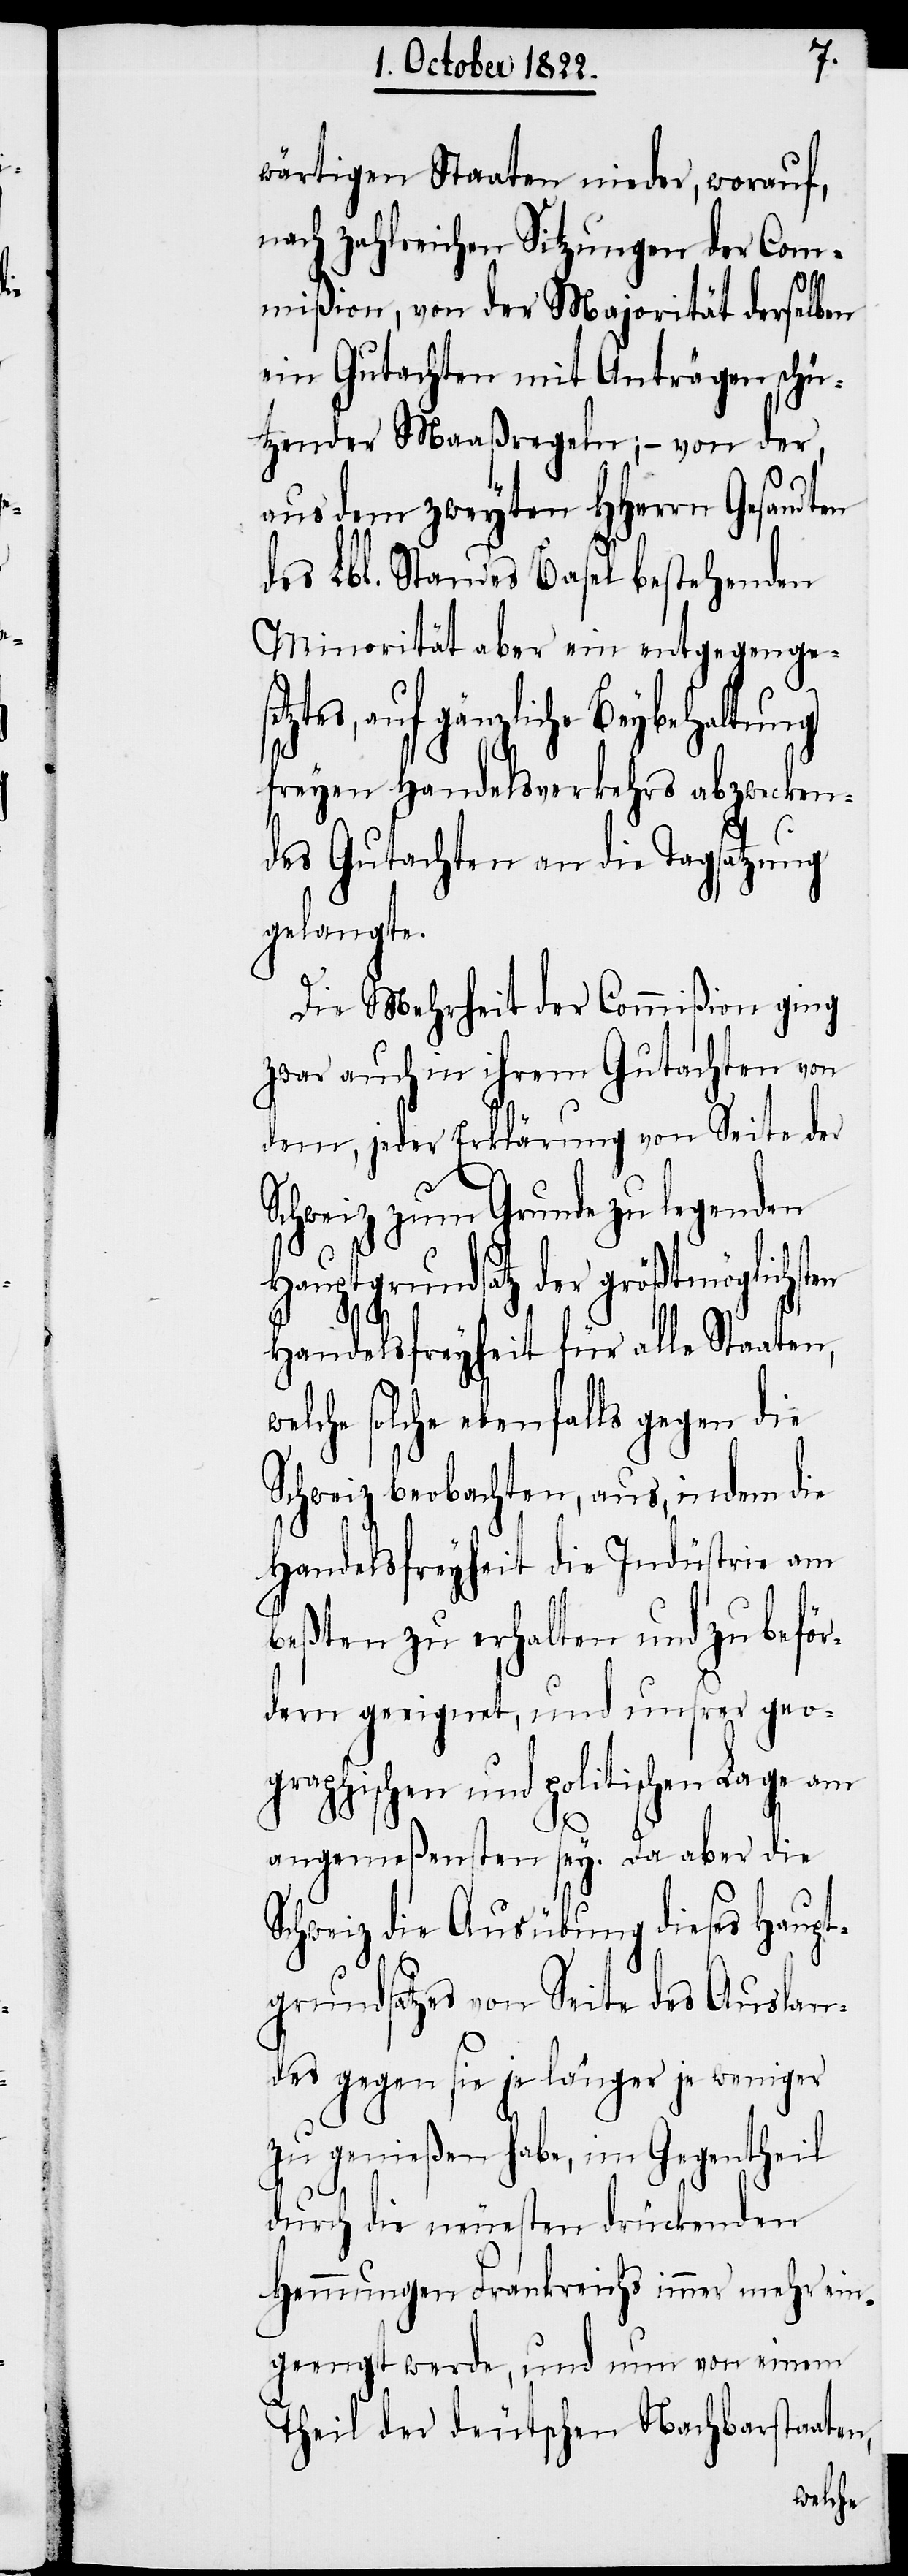
wärtigen Staaten nieder, worauf,
nach zahlreichen Sitzungen der Com¬
mißion, von der Majorität derselben
ein Gutachten mit Anträgen schü¬
tzender Maaßregeln; – von der,
aus dem zweyten HHerrn Gesandten
des Lbl. Standes Basel bestehenden
Minorität aber ein entgegenge¬
ztes, auf gänzliche Beybehaltung
freyen Handelsverkehrs abzwecken¬
des Gutachten an die Tagsatzung
gelangte.
Die Mehrheit der Commißion ging
zwar auch in ihrem Gutachten von
dem, jeder Erklärung von Seite der
Schweiz zum Grunde zu legenden
Hauptgrundsatz der größtmöglichsten
set¬
Handelsfreyheit für alle Staaten,
welche solche ebenfalls gegen die
Schweiz beobachten, aus, indem die
Handelsfreyheit die Indüstrie am
beßten zu erhalten und zu beför¬
dern geeignet, und unsrer geo¬
graphischen und politischen Lage am
angemeßensten sey. Da aber die
Schweiz die Ausübung dieses Haupt¬
grundsatzes von Seite des Auslan¬
des gegen sie je länger je weniger
zu genießen habe, im Gegentheil
durch die neuesten drückenden
Hemmungen Frankreichs immer mehr ein¬
geengt werde, und nun von einem
Theil der deutschen Nachbarstaaten,